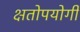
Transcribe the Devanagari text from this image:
क्षतोपयोगी